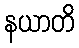
နယာတိ